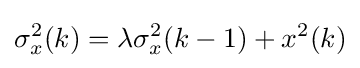
\sigma _{x}^{2}(k)=\lambda \sigma _{x}^{2}(k-1)+x^{2}(k)\,\!